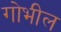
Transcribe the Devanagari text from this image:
गोभील